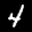
Label: 4